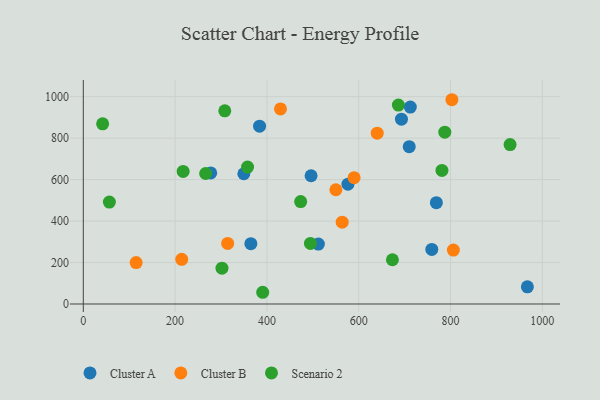
{"axis": {"x": "Study Hours", "y": "Sales"}, "legend": ["Cluster A", "Cluster B", "Scenario 2"], "data": [{"x": "769.1", "y": 488.8, "type": "Cluster A"}, {"x": "759.2", "y": 263.1, "type": "Cluster A"}, {"x": "349.7", "y": 628.4, "type": "Cluster A"}, {"x": "365.0", "y": 291.0, "type": "Cluster A"}, {"x": "496.2", "y": 618.7, "type": "Cluster A"}, {"x": "967.4", "y": 82.7, "type": "Cluster A"}, {"x": "710.0", "y": 758.9, "type": "Cluster A"}, {"x": "693.1", "y": 891.5, "type": "Cluster A"}, {"x": "277.6", "y": 632.1, "type": "Cluster A"}, {"x": "384.0", "y": 857.7, "type": "Cluster A"}, {"x": "576.5", "y": 577.9, "type": "Cluster A"}, {"x": "712.4", "y": 949.8, "type": "Cluster A"}, {"x": "512.1", "y": 288.8, "type": "Cluster A"}, {"x": "803.0", "y": 985.4, "type": "Cluster B"}, {"x": "564.0", "y": 394.9, "type": "Cluster B"}, {"x": "806.2", "y": 260.3, "type": "Cluster B"}, {"x": "314.5", "y": 292.1, "type": "Cluster B"}, {"x": "115.1", "y": 199.6, "type": "Cluster B"}, {"x": "429.6", "y": 941.1, "type": "Cluster B"}, {"x": "550.2", "y": 551.1, "type": "Cluster B"}, {"x": "589.9", "y": 609.4, "type": "Cluster B"}, {"x": "640.3", "y": 824.0, "type": "Cluster B"}, {"x": "214.4", "y": 215.5, "type": "Cluster B"}, {"x": "494.8", "y": 292.0, "type": "Scenario 2"}, {"x": "357.8", "y": 660.7, "type": "Scenario 2"}, {"x": "929.7", "y": 769.0, "type": "Scenario 2"}, {"x": "473.5", "y": 494.2, "type": "Scenario 2"}, {"x": "686.4", "y": 959.5, "type": "Scenario 2"}, {"x": "302.1", "y": 172.8, "type": "Scenario 2"}, {"x": "787.5", "y": 828.8, "type": "Scenario 2"}, {"x": "217.5", "y": 639.4, "type": "Scenario 2"}, {"x": "42.1", "y": 869.3, "type": "Scenario 2"}, {"x": "56.8", "y": 491.7, "type": "Scenario 2"}, {"x": "673.4", "y": 213.4, "type": "Scenario 2"}, {"x": "308.2", "y": 932.0, "type": "Scenario 2"}, {"x": "781.3", "y": 644.2, "type": "Scenario 2"}, {"x": "390.8", "y": 56.5, "type": "Scenario 2"}, {"x": "266.5", "y": 629.5, "type": "Scenario 2"}]}